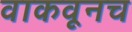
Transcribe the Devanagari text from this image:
वाकवूनच